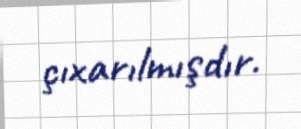
çıxarılmışdır.